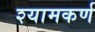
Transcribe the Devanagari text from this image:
श्यामकर्ण